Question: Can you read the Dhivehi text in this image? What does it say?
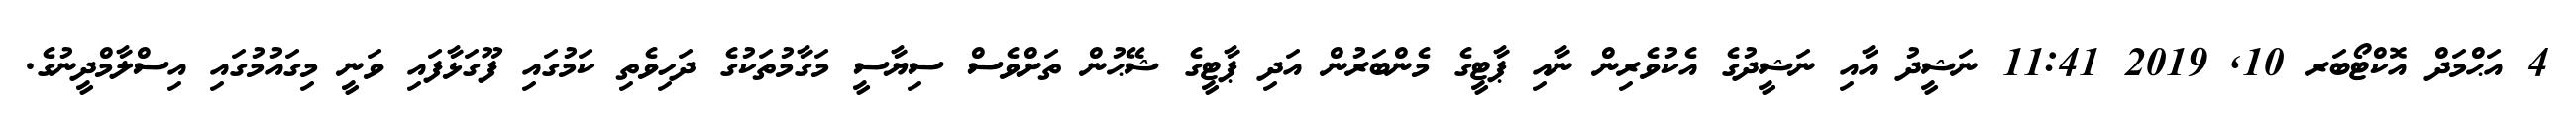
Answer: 4 އަޙްމަދް އޮކްޓޯބަރ 10, 2019 11:41 ނަޝީދު އާއި ނަޝީދުގެ އެކުވެރިން ނާއި ޕާޓީގެ މެންބަރުން އަދި ޕާޓީގެ ޝޭޙުން ތަށްވެސް ސިޔާސީ މަގާމުތަކުގެ ދަހިވެތި ކަމުގައި ފޫގަޅާފައި ވަނީ މިގައުމުގައި އިސްލާމްދީނުގެ.